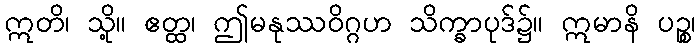
ဣတိ၊ သို့။ ဧတ္ထ၊ ဤမနုဿဝိဂ္ဂဟ သိက္ခာပုဒ်၌။ ဣမာနိ ပဉ္စ၊